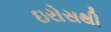
ઇરોસથી